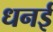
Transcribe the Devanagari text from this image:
धनई